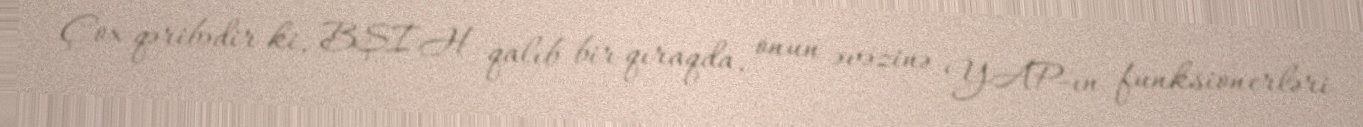
Çox qəribədir ki, BŞİH qalıb bir qıraqda, onun əvəzinə YAP-ın funksionerləri